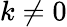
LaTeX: k\ne 0